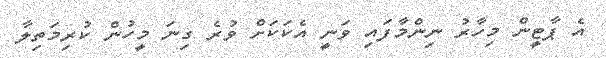
އެ ޕާޓީން މިހާރު ނިންމާފައި ވަނީ އެކަކަށް ވުރެ ގިނަ މީހުން ކުރިމަތިލާ